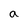
Character: a